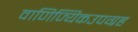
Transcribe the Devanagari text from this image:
वाणिज्यिकउपग्रह